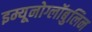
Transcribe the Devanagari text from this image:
इम्यूनोग्लॉबुलिन